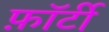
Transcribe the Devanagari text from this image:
फ़ॉर्टी